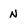
Character: N